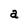
Character: a